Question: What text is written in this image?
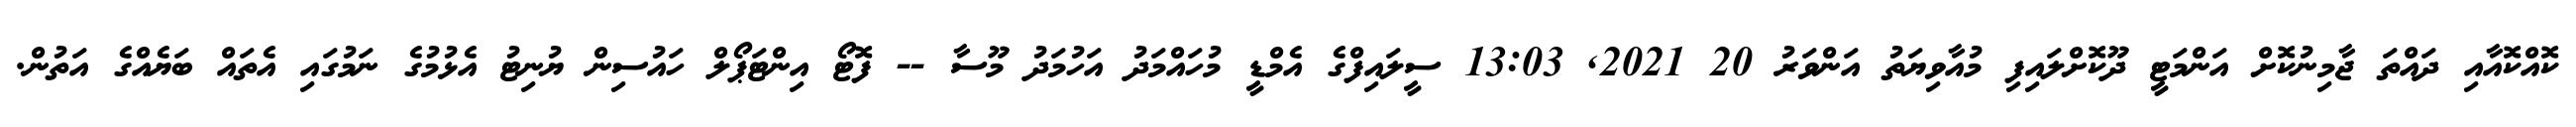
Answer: ކޮއްކޮއާއި ދައްތަ ޖާމިނުކޮށް އަންމަޓީ ދޫކޮށްލައިފި މުއާވިޔަތު އަންވަރު 20 2021, 13:03 ސީލައިފްގެ އެމްޑީ މުހައްމަދު އަހުމަދު މޫސާ -- ފޮޓޯ އިންޓަޕޯލް ހައުސިން ޔުނިޓު އެޅުމުގެ ނަމުގައި އެތައް ބަޔެއްގެ އަތުން.